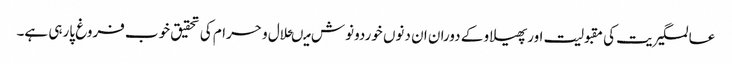
عالمگیریت کی مقبولیت اورپھیلاو کے دوران ان دنوں خوردونوش میںحلال و حرام کی تحقیق خوب فروغ پارہی ہے۔